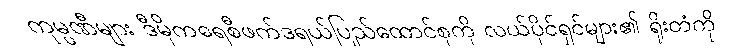
ကုမ္ပဏီများ ဒီမိုကရေစီဖက်ဒရယ်ပြည်ထောင်စုကို လယ်ပိုင်ရှင်များ၏ ရိုးတံကို